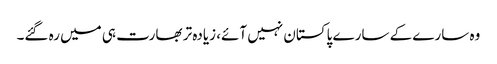
وہ سارے کے سارے پاکستان نہیں آئے، زیادہ تر بھارت ہی میں رہ گئے۔